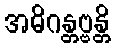
အဓိဂန္တဗ္ဗန္တိ